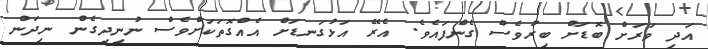
އަދި ވަރަށް ބޮޑަށް ބިރުވެސް ގެންފައެވެ. އެރޭ އަޅުގަނޑަށް އެއްގޮތަކަށްވެސް ނުނިދިގެން ނިދަން